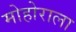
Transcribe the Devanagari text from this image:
मोहोराला